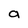
Character: a